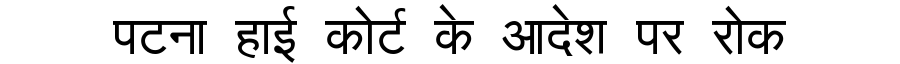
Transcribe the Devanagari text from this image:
पटना हाई कोर्ट के आदेश पर रोक